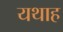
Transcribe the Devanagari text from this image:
यथाह